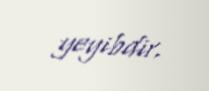
yeyibdir.